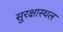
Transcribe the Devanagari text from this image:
सुरक्षास्थल